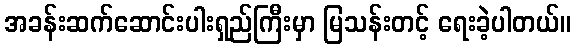
အခန်းဆက်ဆောင်းပါးရှည်ကြီးမှာ မြသန်းတင့် ရေးခဲ့ပါတယ်။